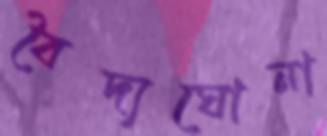
বৈদ্যঘোনা